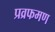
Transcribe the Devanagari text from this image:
प्रव्रफमण